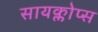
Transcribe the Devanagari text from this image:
सायक्लोप्स